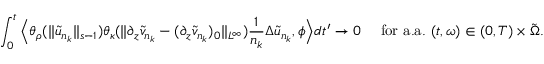
\int _ { 0 } ^ { t } \Big \langle \theta _ { \rho } ( \| \tilde { u } _ { n _ { k } } \| _ { s - 1 } ) \theta _ { \kappa } ( \| \partial _ { z } \tilde { v } _ { n _ { k } } - ( \partial _ { z } \tilde { v } _ { n _ { k } } ) _ { 0 } \| _ { L ^ { \infty } } ) \frac 1 { n _ { k } } \Delta \tilde { u } _ { n _ { k } } , \phi \Big \rangle d t ^ { \prime } \to 0 \quad \mathrm { ~ f o r ~ a . a . ~ } ( t , \omega ) \in ( 0 , T ) \times \tilde { \Omega } .